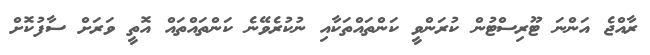
ރާއްޖެ އަންނަ ޓޫރިސްޓުން ކުރަންވީ ކަންތައްތަކާއި ނުކުރެވޭނެ ކަންތައްތައް އޮތީ ވަރަށް ސާފުކޮށް